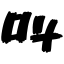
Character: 叫